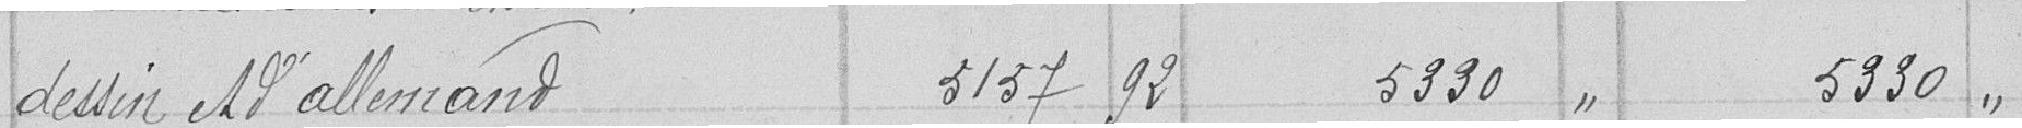
dessin et d'allemand 5137 92 5330 " 5330 "